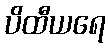
ပိထီယရေ